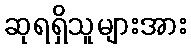
ဆုရရှိသူများအား